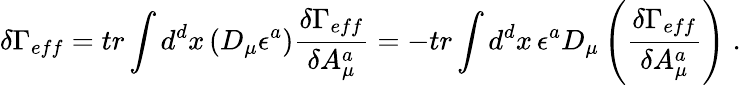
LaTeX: \delta\Gamma_{eff}=tr\int d^{d}x\, (D_{\mu}\epsilon^{a})\frac{\delta\Gamma_{eff}}{\delta A_{\mu}^{a}}=-tr\int d^{d}x\, \epsilon^{a}D_{\mu}\left(\frac{\delta\Gamma_{eff}}{\delta A_{\mu}^{a}}\right)\; .